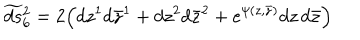
\widetilde { d s } { } _ { 6 } ^ { 2 } = 2 \Bigl ( d z ^ { 1 } d \bar { z } ^ { 1 } + d z ^ { 2 } d \bar { z } ^ { 2 } + e ^ { \psi ( z , \bar { z } ) } d z \, d \bar { z } \Bigr )